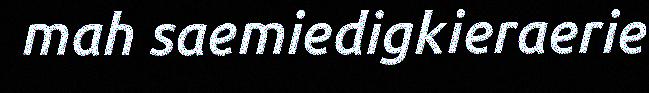
mah saemiedigkieraerie